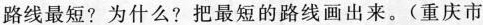
路线最短？为什么？把最短的路线画出来。(重庆市